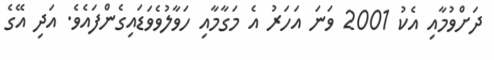
ދަށްވުމާއި އެކު 2001 ވަނަ އަހަރު އެ މަގާމާއި ހަވާލުވެވަޑައިގެންފައެވެ. އަދި އޭގެ